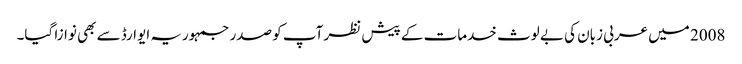
2008 میں عربی زبان کی بے لوث خدمات کے پیش نظر آپ کو صدر جمہوریہ ایوارڈ سے بھی نوازا گیا۔